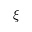
\xi